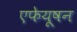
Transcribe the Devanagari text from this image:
एफेयूषन